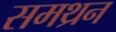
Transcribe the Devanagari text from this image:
समथ्रन